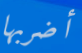
أضربها